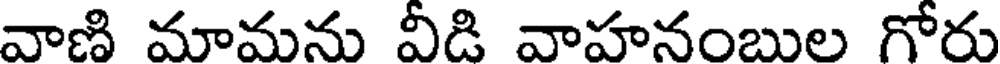
వాణి మామను వీడి వాహనంబుల గోరు